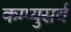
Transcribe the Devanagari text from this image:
कम्प्युसर्व